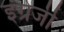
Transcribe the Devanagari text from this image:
इंग्रेजी